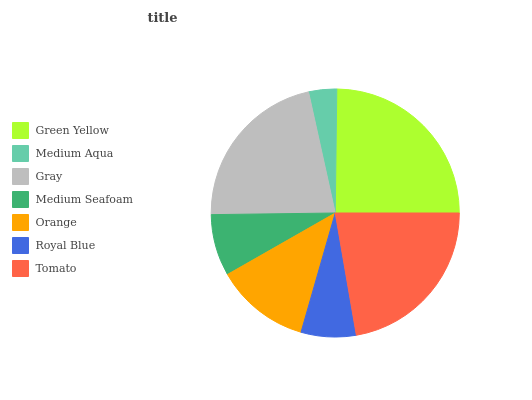
| Green Yellow | Medium Aqua | Gray | Medium Seafoam | Orange | Royal Blue | Tomato |
 | --- | --- | --- | --- | --- | --- | --- |
 | 24.8% | 3.66% | 21.8% | 8.03% | 12.3% | 7.16% | 22.3% |